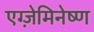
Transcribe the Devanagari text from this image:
एग्ज़ेमिनेष्ण